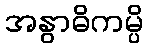
အနွာဓိကမ္ပိ